Papers set at the Examination for Leaving Certificates, 1893
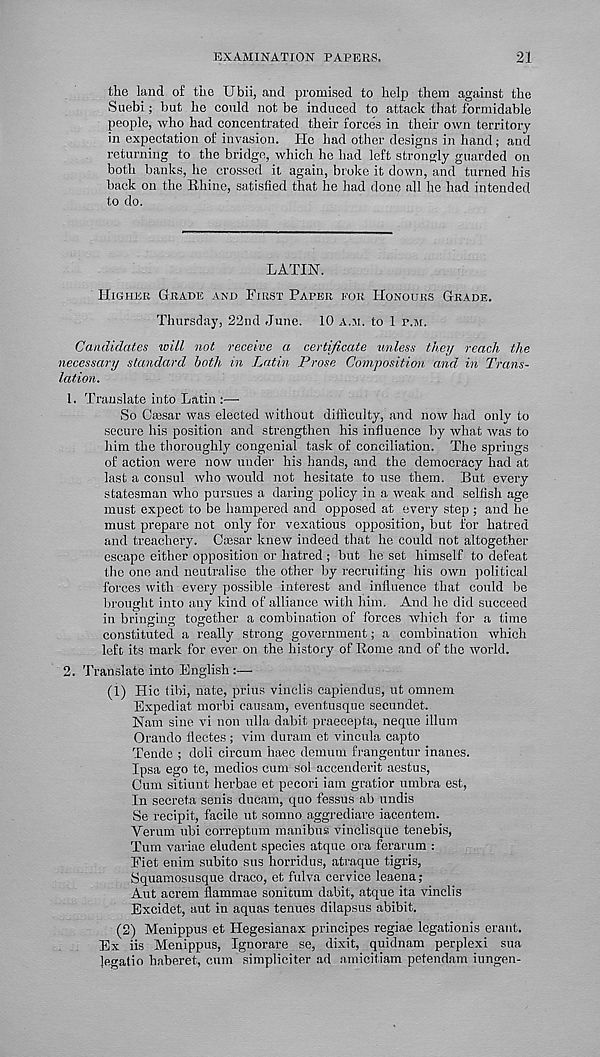
EXAMINATION PAPERS.
21
the land of the Ubii, and promised to help them against the
Suebi; but he could not be induced to attack that formidable
people, who had concentrated their forces in their own territory
in expectation of invasion. He had other designs in hand; and
returning to the bridge, which he had left strongly guarded on
both banks, he crossed it again, broke it down, and turned his
back on the Rhine, satisfied that he had done all he had intended
to do.
LATIN.
HIGHER GRADE AND FIRST PAPER FOR HONOURS GRADE.
Thursday, 22nd June. 10 A.M. to 1 P.M.
Candidates will not receive a certificate unless they reach the
necessary standard both in Latin Prose Composition and in Trans-
lation.
1. Translate into Latin :—
So Oassar was elected without difficulty, and now had only to
secure his position and strengthen his influence by what was to
him the thoroughly congenial task of conciliation. The springs
of action were now under his hands, and the democracy had at
last a consul who would not hesitate to use them. But every
statesman who pursues a daring policy in a weak and selfish age
must expect to be hampered and opposed at every step ; and he
must prepare not only for vexatious opposition, but for hatred
and treachery. Ccesar knew indeed that he could not altogether
escape either opposition or hatred ; but he set himself to defeat
the one and neutralise the other by recruiting his own political
forces with every possible interest and influence that could lie
brought into any kind of alliance with him. And be did succeed
in bringing together a combination of forces which for a time
constituted a really strong government; a combination which
left its mark for ever on the history of Rome and of the world.
2. Translate into English :—
(1) Flic tibi, nate, prius vinclis capiendus, ut omnem
Expediat morbi causam, eventusque secundet.
Nam sine vi non ulla dabit praecepta, neque ilium
Orando liectes ; vim durain et vincula capto
Tende ; doll circum haec demum frangentur inanes.
Ipsa ego te, medios cum sol accenderit aestus,
Cum sitiunt herbae et pecori iam gratior umbra est.
In secreta senis dneam, quo fessus ab undis
Se recipit, facile ut somno aggrediare iacentem.
Yerum ubi correptum manibus vinclisque tenebis,
Turn variae eludent species atque ora ferarum :
Fiet enim subito sus horridus, atraque tigris,
Squamosusque draco, et fulva cervice leaena;
Aut acrem flammae sonitum dabit, atque ita vinclis
Excidet, aut in aquas tenues dilapsus abibit.
(2) Menippus et Hegesianax principes regiae legationis erant.
Ex iis Menippus, Ignorare se, dixit, quidnam perplex! sua
Jegatio haberet, cum simpliciter ad amicitiam petendam iungen-